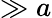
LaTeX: \gg a